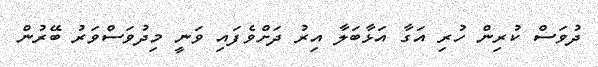
ދުވަސް ކުރިން ހުރި އަގާ އަޅާބަލާ އިރު ދަށްވެފައި ވަނީ މިދުވަސްވަރު ބޭރުން